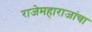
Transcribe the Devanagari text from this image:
राजेमहाराजांचा